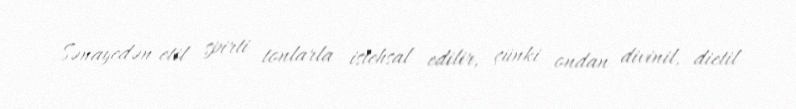
Sənayedən etil spirti tonlarla istehsal edilir, çünki ondan divinil, dietil